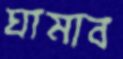
ঘামাব